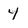
Character: 4